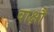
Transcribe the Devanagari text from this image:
वाक्षौ